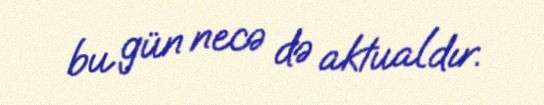
bu gün necə də aktualdır.